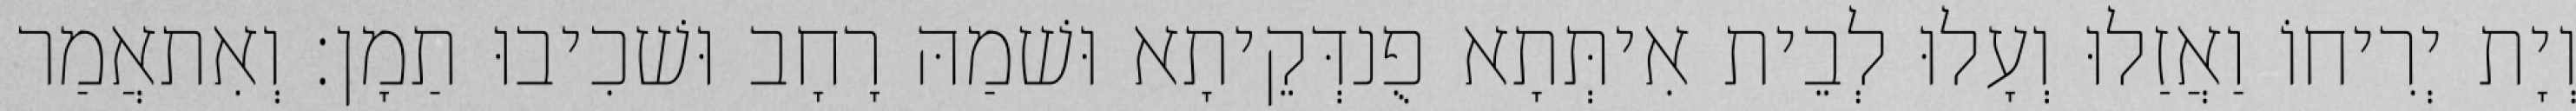
וְיָת יְרִיחוֹ וַאֲזַלוּ וְעָלוּ לְבֵית אִיתְּתָא פֻנדְּקֵיתָא וּשׁמַהּ רָחָב וּשׁכִיבוּ תַמָן׃ וְאִתאֲמַר